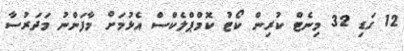
12 ގަޑި 32 މިނެޓް ކުރިން ކޯޓު ކޮމްޕްލެކްސް އެޅުމަށް މާފަންނު މަދަރުސާ